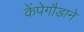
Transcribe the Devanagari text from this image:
केंपेगौडाने